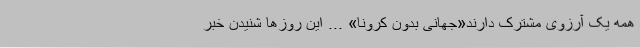
همه یک آرزوی مشترک دارند«جهانی بدون کرونا» ... این روزها شنیدن خبر